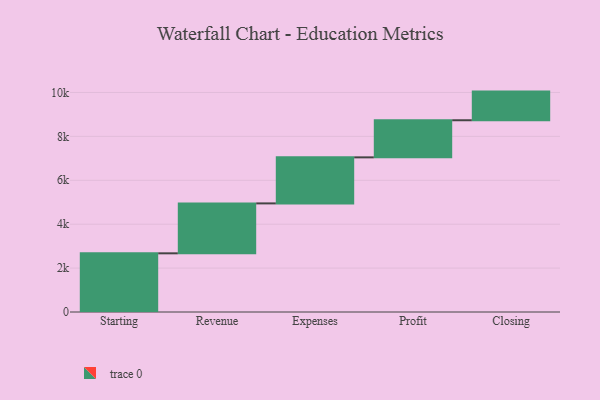
{"axis": {"x": "Step", "y": "Value"}, "legend": [""], "data": [{"x": "Starting", "y": 2673.0, "type": ""}, {"x": "Revenue", "y": 2274.0, "type": ""}, {"x": "Expenses", "y": 2098.0, "type": ""}, {"x": "Profit", "y": 1690.0, "type": ""}, {"x": "Closing", "y": 1305.0, "type": ""}]}